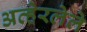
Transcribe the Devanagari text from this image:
अव्हेरलेले